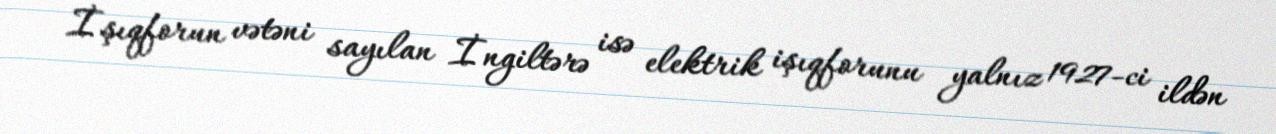
İşıqforun vətəni sayılan İngiltərə isə elektrik işıqforunu yalnız 1927-ci ildən